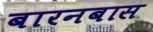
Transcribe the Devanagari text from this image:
बारनबास